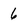
Character: 6